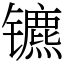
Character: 镳